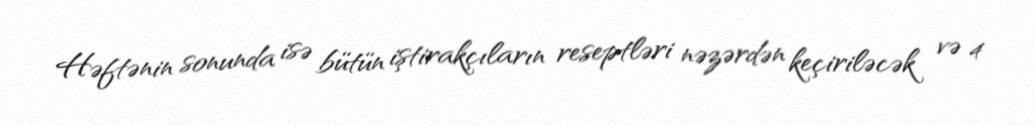
Həftənin sonunda isə bütün iştirakçıların reseptləri nəzərdən keçiriləcək və 4